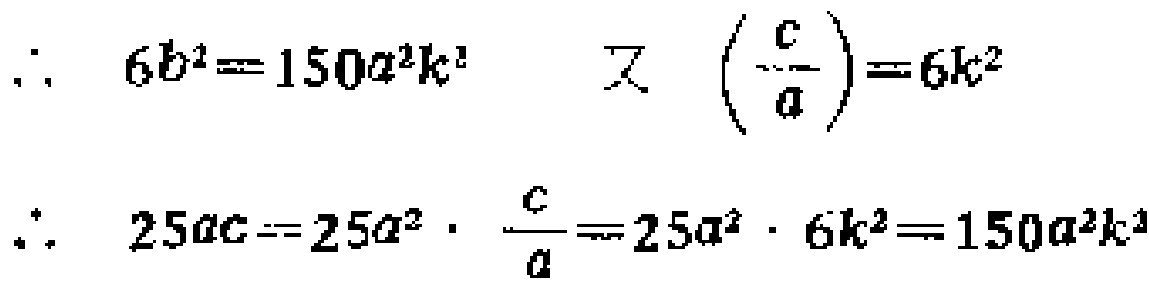
\[\begin{align*}
\therefore\quad 6b^{2}&=150a^{2}k^{2}\quad 又\quad \left(\frac{c}{a}\right)=6k^{2}\\
\therefore\quad 25ac&=25a^{2}\cdot\frac{c}{a}=25a^{2}\cdot 6k^{2}=150a^{2}k^{2}
\end{align*}\]